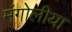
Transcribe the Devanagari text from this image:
मंगोलीया